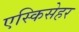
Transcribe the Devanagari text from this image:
एस्किसेहर